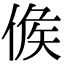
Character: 𠊱